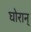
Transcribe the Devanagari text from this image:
घोरान्